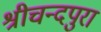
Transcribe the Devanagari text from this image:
श्रीचन्दपुरा